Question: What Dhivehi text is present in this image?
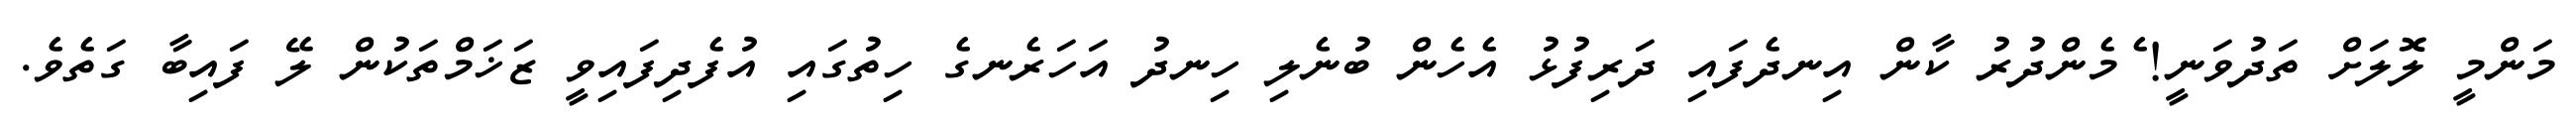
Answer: މަންމީ ލޮލަށް ތަދުވަނީ! ެމެންދުރު ކާން އިނދެފައި ދަރިފުޅު އެހެން ބުނެލި ހިނދު އަހަރެނގެ ހިތުގައި އުފެދިފައިވީ ޒަޚަމްތަކުން ލޭ ފައިބާ ގަތެވެ.